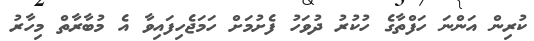
ކުރިން އަންނަ ހަފްތާގެ ހުކުރު ދުވަހު ފެށުމަށް ހަމަޖެހިފައިވާ އެ މުބާރާތް މިހާރު